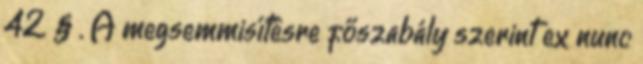
42. § . A megsemmisítésre főszabály szerint ex nunc